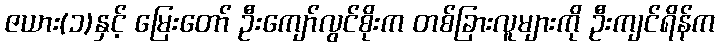
ဇယား(၁)နှင့် မြေးတော် ဦးကျော်လွင်စိုးက တစ်ခြားလူများကို ဦးကျင်ရိန်က